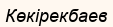
Көкірекбаев